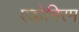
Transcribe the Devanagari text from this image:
एडोनिरम